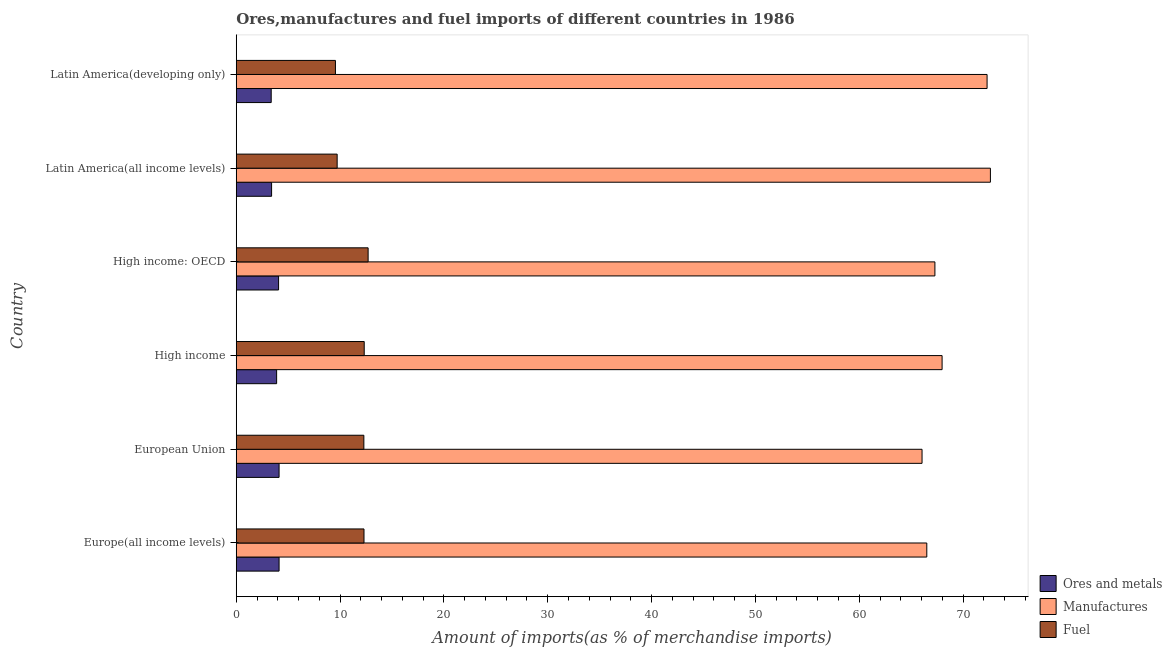
| Country | Ores and metals | Manufactures | Fuel |
 | --- | --- | --- | --- |
 | Europe(all income levels) | 4.12 | 66.5 | 12.3 |
 | European Union | 4.12 | 66 | 12.3 |
 | High income | 3.89 | 68 | 12.3 |
 | High income: OECD | 4.08 | 67.3 | 12.7 |
 | Latin America(all income levels) | 3.4 | 72.6 | 9.72 |
 | Latin America(developing only) | 3.37 | 72.3 | 9.55 |